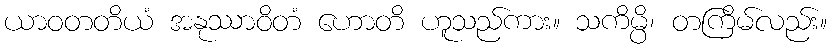
ယာဝတတိယံ အနုဿာဝိတံ ဟောတိ ဟူသည်ကား။ သကိမ္ပိ၊ တကြိမ်လည်း။